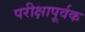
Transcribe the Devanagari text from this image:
परीक्षापूर्वक